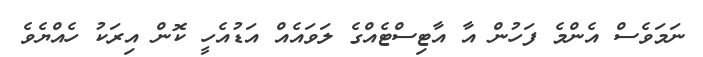
ނަމަވެސް އެންމެ ފަހުން އާ އާޓިސްޓެއްގެ ލަވައެއް އަޑުއެހީ ކޮން އިރަކު ހެއްޔެވެ